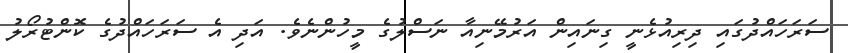
ސަރަހައްދުގައި ދިރިއުޅެނީ ގިނައިން އަރުމޭނިއާ ނަސްލުގެ މީހުންނެވެ. އަދި އެ ސަރަހައްދުގެ ކޮންޓުރޯލު